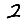
Digit: 2